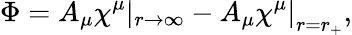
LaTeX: \Phi=A_{\mu}\chi^{\mu}\left|_{r\rightarrow\infty}-A_{\mu}\chi^{\mu}\right|_{r=r_{+}},